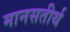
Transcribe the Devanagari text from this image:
मानसतीर्थ